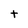
Character: t